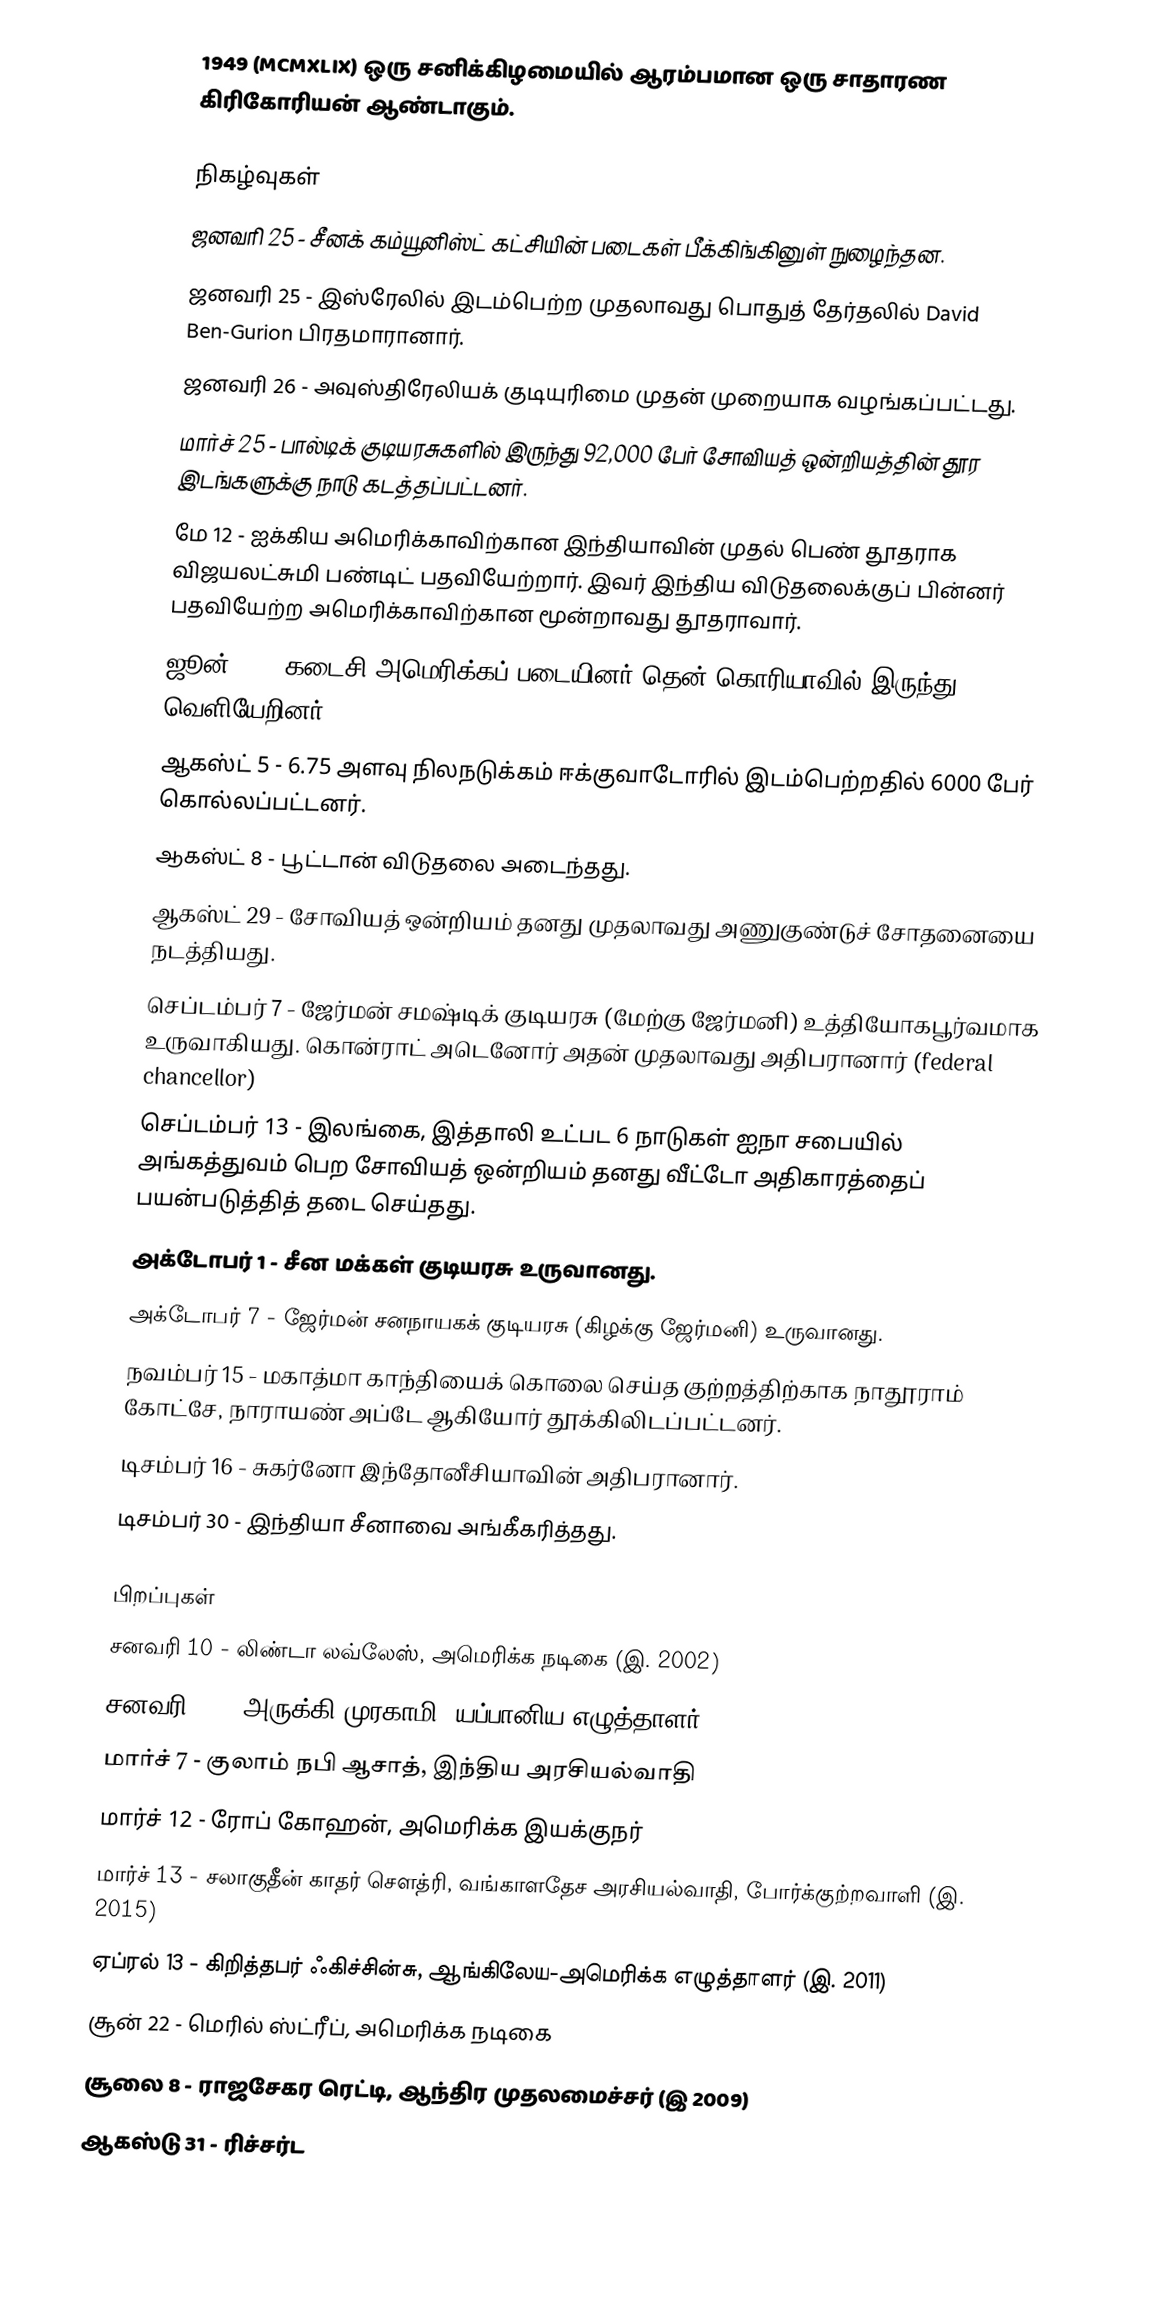
1949  (MCMXLIX) ஒரு சனிக்கிழமையில் ஆரம்பமான ஒரு சாதாரண கிரிகோரியன் ஆண்டாகும்.

நிகழ்வுகள்
 ஜனவரி 25 - சீனக் கம்யூனிஸ்ட் கட்சியின் படைகள் பீக்கிங்கினுள் நுழைந்தன.
 ஜனவரி 25 - இஸ்ரேலில் இடம்பெற்ற முதலாவது பொதுத் தேர்தலில் David Ben-Gurion பிரதமாரானார்.
 ஜனவரி 26 - அவுஸ்திரேலியக் குடியுரிமை முதன் முறையாக வழங்கப்பட்டது.
 மார்ச் 25 - பால்டிக் குடியரசுகளில் இருந்து 92,000 பேர் சோவியத் ஒன்றியத்தின் தூர இடங்களுக்கு நாடு கடத்தப்பட்டனர்.
 மே 12 -  ஐக்கிய அமெரிக்காவிற்கான இந்தியாவின் முதல் பெண் தூதராக விஜயலட்சுமி பண்டிட் பதவியேற்றார். இவர் இந்திய விடுதலைக்குப் பின்னர் பதவியேற்ற அமெரிக்காவிற்கான மூன்றாவது தூதராவார்.
 ஜூன் 29 - கடைசி அமெரிக்கப் படையினர் தென் கொரியாவில் இருந்து வெளியேறினர்.
 ஆகஸ்ட் 5 - 6.75 அளவு நிலநடுக்கம் ஈக்குவாடோரில் இடம்பெற்றதில் 6000 பேர் கொல்லப்பட்டனர்.
 ஆகஸ்ட் 8 - பூட்டான் விடுதலை அடைந்தது.
 ஆகஸ்ட் 29 - சோவியத் ஒன்றியம் தனது முதலாவது அணுகுண்டுச் சோதனையை நடத்தியது.
 செப்டம்பர் 7 - ஜேர்மன் சமஷ்டிக் குடியரசு (மேற்கு ஜேர்மனி) உத்தியோகபூர்வமாக உருவாகியது. கொன்ராட் அடெனோர் அதன் முதலாவது அதிபரானார் (federal chancellor)
 செப்டம்பர் 13 - இலங்கை, இத்தாலி உட்பட 6 நாடுகள் ஐநா சபையில் அங்கத்துவம் பெற சோவியத் ஒன்றியம் தனது வீட்டோ அதிகாரத்தைப் பயன்படுத்தித் தடை செய்தது.
 அக்டோபர் 1 - சீன மக்கள் குடியரசு உருவானது.
 அக்டோபர் 7 - ஜேர்மன் சனநாயகக் குடியரசு (கிழக்கு ஜேர்மனி) உருவானது.
 நவம்பர் 15 - மகாத்மா காந்தியைக் கொலை செய்த குற்றத்திற்காக நாதூராம் கோட்சே, நாராயண் அப்டே ஆகியோர் தூக்கிலிடப்பட்டனர்.
 டிசம்பர் 16 - சுகர்னோ இந்தோனீசியாவின் அதிபரானார்.
 டிசம்பர் 30 - இந்தியா சீனாவை அங்கீகரித்தது.

பிறப்புகள்
 சனவரி 10 - லிண்டா லவ்லேஸ், அமெரிக்க நடிகை (இ. 2002)
 சனவரி 12 - அருக்கி முரகாமி, யப்பானிய எழுத்தாளர்
 மார்ச் 7 - குலாம் நபி ஆசாத், இந்திய அரசியல்வாதி
 மார்ச் 12 - ரோப் கோஹன், அமெரிக்க இயக்குநர்
 மார்ச் 13 - சலாகுதீன் காதர் சௌத்ரி, வங்காளதேச அரசியல்வாதி, போர்க்குற்றவாளி (இ. 2015)
 ஏப்ரல் 13 - கிறித்தபர் ஃகிச்சின்சு, ஆங்கிலேய-அமெரிக்க எழுத்தாளர் (இ. 2011)
 சூன் 22 - மெரில் ஸ்ட்ரீப், அமெரிக்க நடிகை
 சூலை 8 - ராஜசேகர ரெட்டி, ஆந்திர முதலமைச்சர் (இ 2009)
 ஆகஸ்டு 31 - ரிச்சர்ட